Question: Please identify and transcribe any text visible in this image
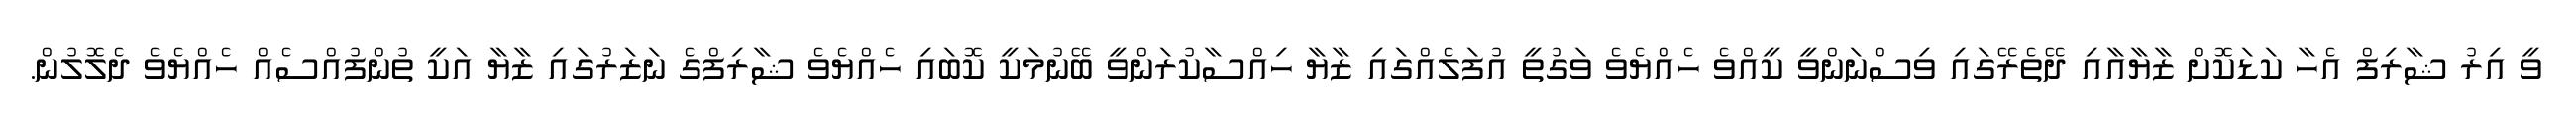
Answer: ވީ އިރު ޝާރިފް އެހާ ކަޑަކޮށް ޒާޔާއާއި ދޭތެރޭގައި ވިސްނަންވީ ކީއްވެ ހެއްޔެވެ ވަގުތީ އުފަލެއްގައި ޒާޔާ ހިއްސާކުރަންވީ ބޭނުމަކީ ކޮބައި ހެއްޔެވެ ޝާރިފްގެ ނަޒަރުގައި ޒާޔާ އަކީ ތުންފުއްސެއް ހެއްޔެވެ ދެލޮލުން.